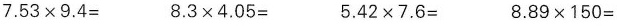
$$7 . 5 3 × 9 . 4 =$$ $$8 . 3 × 4 . 0 5 =$$ $$5 . 4 2 × 7 . 6 =$$ $$8 . 8 9 × 1 5 0 =$$